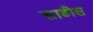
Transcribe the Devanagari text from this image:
साडीस